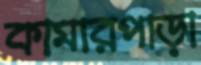
কামারপাড়া